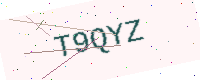
Text: T9QYZ